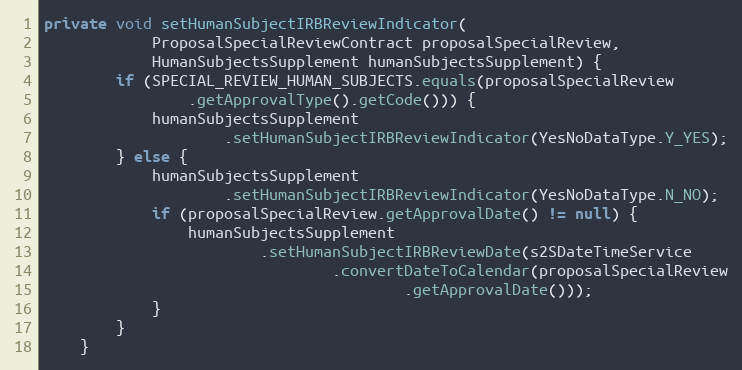
Language: Java
private void setHumanSubjectIRBReviewIndicator(
			ProposalSpecialReviewContract proposalSpecialReview,
			HumanSubjectsSupplement humanSubjectsSupplement) {
		if (SPECIAL_REVIEW_HUMAN_SUBJECTS.equals(proposalSpecialReview
				.getApprovalType().getCode())) {
			humanSubjectsSupplement
					.setHumanSubjectIRBReviewIndicator(YesNoDataType.Y_YES);
		} else {
			humanSubjectsSupplement
					.setHumanSubjectIRBReviewIndicator(YesNoDataType.N_NO);
			if (proposalSpecialReview.getApprovalDate() != null) {
				humanSubjectsSupplement
						.setHumanSubjectIRBReviewDate(s2SDateTimeService
								.convertDateToCalendar(proposalSpecialReview
										.getApprovalDate()));
			}
		}
	}